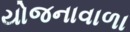
યોજનાવાળા